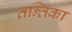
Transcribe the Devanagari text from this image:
तन्तिका